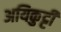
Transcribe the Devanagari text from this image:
अयिकुट्टी